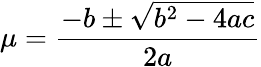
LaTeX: \mu=\frac{-b\pm\sqrt{b^{2}-4ac}}{2a}